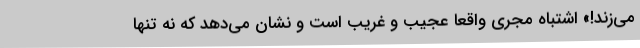
می‌زند!» اشتباه مجری واقعا عجیب و غریب است و نشان می‌دهد که نه تنها